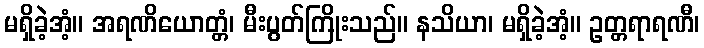
မရှိခဲ့အံ့။ အရဏိယောတ္တံ၊ မီးပွတ်ကြိုးသည်။ နသိယာ၊ မရှိခဲ့အံ့။ ဥတ္တရာရဏီ၊